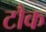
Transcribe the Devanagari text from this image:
टौक